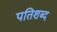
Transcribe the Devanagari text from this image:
पतिशब्द